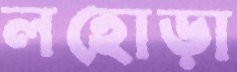
লহোড়া